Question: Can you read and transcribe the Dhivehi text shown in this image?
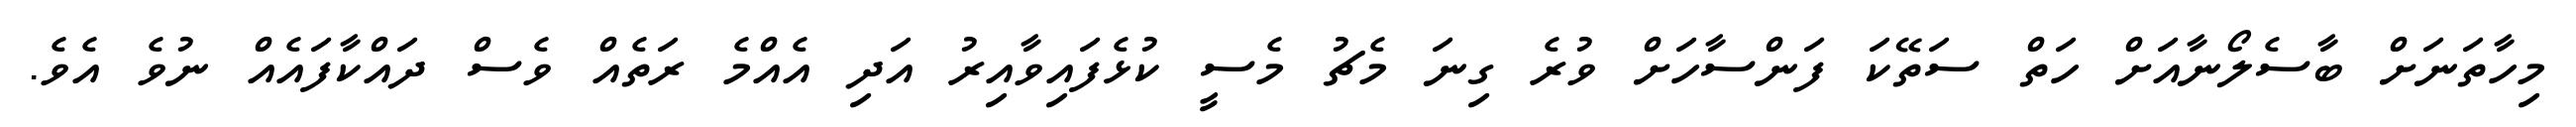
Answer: މިހާތަނަށް ބާސެލޯނާއަށް ހަތް ސަތޭކަ ފަންސާހަށް ވުރެ ގިނަ މެޗު މެސީ ކުޅެފައިވާއިރު އަދި އެއްމެ ރަތެއް ވެސް ދައްކާފައެއް ނުވެ އެވެ.